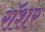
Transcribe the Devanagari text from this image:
रॉशर